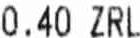
0.40 ZRL